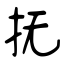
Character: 抚